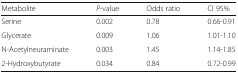
| Metabolite | P-value | Odds ratio | CI 95% |
 | --- | --- | --- | --- |
 | Serine | 0.002 | 0.78 | 0.66-0.91 |
 | Glycerate | 0.009 | 1.06 | 1.01-1.10 |
 | N-Acetylneuraminate | 0.003 | 1.45 | 1.14-1.85 |
 | 2-Hydroxybutyrate | 0.034 | 0.84 | 0.72-0.99 |